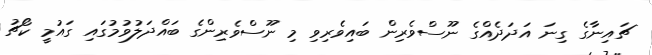
ޗައިނާގެ ގިނަ އަދަދެއްގެ ނޫސްވެރިން ބައިވެރިވި މި ނޫސްވެރިންގެ ބައްދަލުވުމުގައި ގައުމީ ކޯޗު